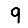
Digit: 9